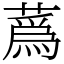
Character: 蔿